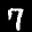
Label: 7